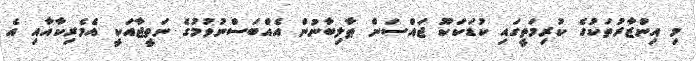
މި އިންޒާރުތަކުގެ ކުރިމަތީގައި ކުޑަކަކޫ ޖައްސަން ޠާލިބާނުން އެއްބަސްނުވުމުގެ ނަތީޖާއަކީ އެމެރިކާއާއި އެ